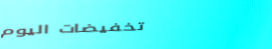
تخفيضات اليوم